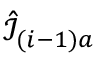
\hat { \mathcal { I } } _ { ( i - 1 ) a }